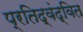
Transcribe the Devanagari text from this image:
प्रतिद्वंद्वित